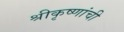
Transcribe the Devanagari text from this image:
श्रीकृष्णांची